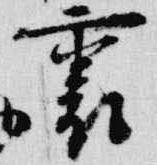
裏